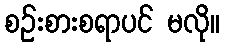
စဉ်းစားစရာပင် မလို။